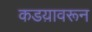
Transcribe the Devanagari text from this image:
कडय़ावरून